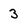
Character: 3